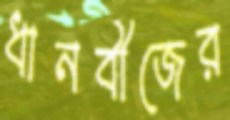
ধানবীজের